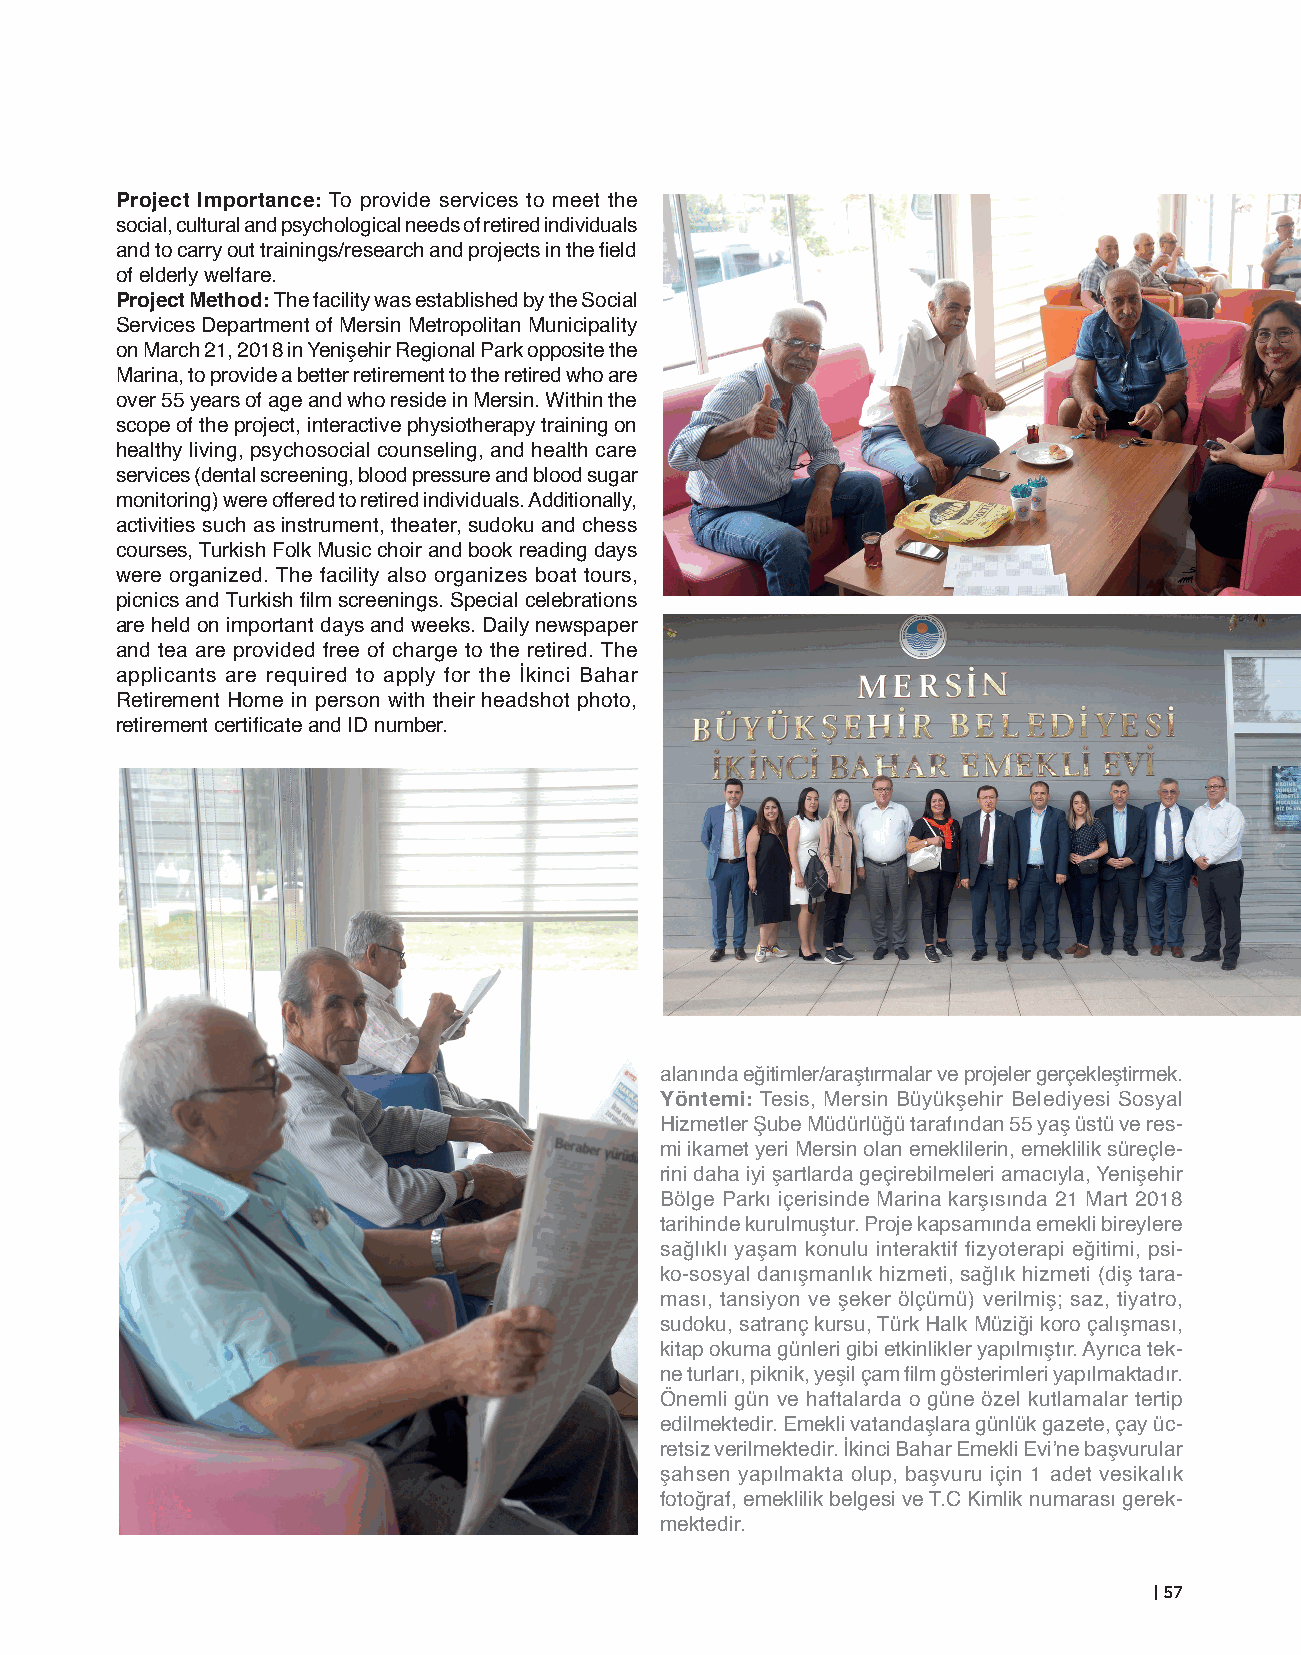
Project Importance: To provide services to meet the
 social, cultural and psychological needs of retired individuals
 and to carry out trainings/research and projects in the field
 of elderly welfare.
 Project Method: The facility was established by the Social
 Services Department of Mersin Metropolitan Municipality
 on March 21, 2018 in Yenişehir Regional Park opposite the
 Marina, to provide a better retirement to the retired who are
 over 55 years of age and who reside in Mersin. Within the
 scope of the project, interactive physiotherapy training on
 healthy living, psychosocial counseling, and health care
 services (dental screening, blood pressure and blood sugar
 monitoring) were offered to retired individuals. Additionally,
 activities such as instrument, theater, sudoku and chess
 courses, Turkish Folk Music choir and book reading days
 were organized. The facility also organizes boat tours,
 picnics and Turkish film screenings. Special celebrations
 are held on important days and weeks. Daily newspaper
 and tea are provided free of charge to the retired. The
 applicants are required to apply for the İkinci Bahar
 Retirement Home in person with their headshot photo,
 retirement certificate and ID number.
 alanında eğitimler/araştırmalar ve projeler gerçekleştirmek.
 Yöntemi: Tesis, Mersin Büyükşehir Belediyesi Sosyal
 Hizmetler Şube Müdürlüğü tarafından 55 yaş üstü ve res-
 mi ikamet yeri Mersin olan emeklilerin, emeklilik süreçle-
 rini daha iyi şartlarda geçirebilmeleri amacıyla, Yenişehir
 Bölge Parkı içerisinde Marina karşısında 21 Mart 2018
 tarihinde kurulmuştur. Proje kapsamında emekli bireylere
 sağlıklı yaşam konulu interaktif fizyoterapi eğitimi, psi-
 ko-sosyal danışmanlık hizmeti, sağlık hizmeti (diş tara-
 ması, tansiyon ve şeker ölçümü) verilmiş; saz, tiyatro,
 sudoku, satranç kursu, Türk Halk Müziği koro çalışması,
 kitap okuma günleri gibi etkinlikler yapılmıştır. Ayrıca tek-
 ne turları, piknik, yeşil çam film gösterimleri yapılmaktadır.
 Önemli gün ve haftalarda o güne özel kutlamalar tertip
 edilmektedir. Emekli vatandaşlara günlük gazete, çay üc-
 retsiz verilmektedir. İkinci Bahar Emekli Evi’ne başvurular
 şahsen yapılmakta olup, başvuru için 1 adet vesikalık
 fotoğraf, emeklilik belgesi ve T.C Kimlik numarası gerek-
 mektedir.
 | 57